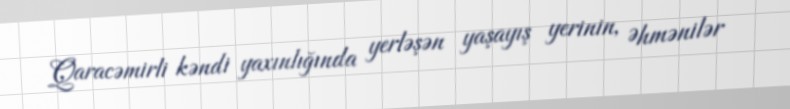
Qaracəmirli kəndi yaxınlığında yerləşən yaşayış yerinin, Əhmənilər